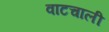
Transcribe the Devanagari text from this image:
वाटचाली